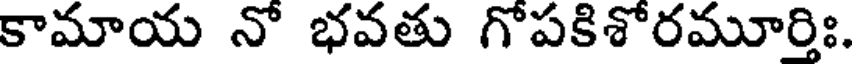
కామాయ నో భవతు గోపకిశోరమూర్తిః.